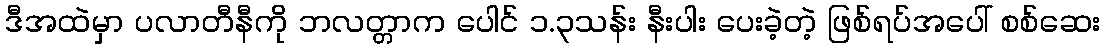
ဒီအထဲမှာ ပလာတီနီကို ဘလတ္တာက ပေါင် ၁.၃သန်း နီးပါး ပေးခဲ့တဲ့ ဖြစ်ရပ်အပေါ် စစ်ဆေး